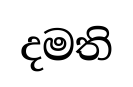
දමති